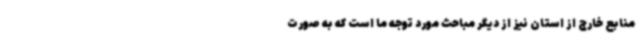
منابع خارج از استان نیز از دیگر مباحث مورد توجه ما است که به صورت